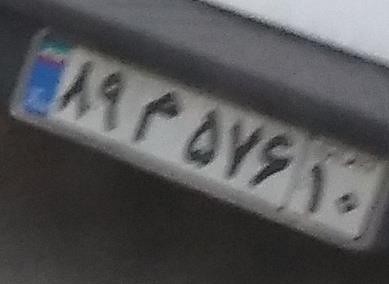
۸۹م۵۷۶۱۰